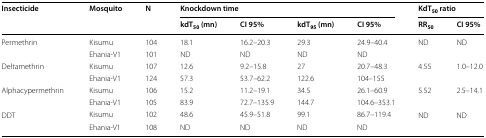
<table><thead><tr><td rowspan="2"><b>Insecticide</b></td><td rowspan="2"><b>Mosquito</b></td><td rowspan="2"><b>N</b></td><td colspan="4"><b>Knockdown time</b></td><td colspan="2"><b>KdT<sub>50</sub> ratio</b></td></tr><tr><td><b>kdT<sub>50</sub> (mn)</b></td><td><b>CI 95%</b></td><td><b>kdT<sub>95</sub> (mn)</b></td><td><b>CI 95%</b></td><td><b>RR<sub>50</sub></b></td><td><b>CI 95%</b></td></tr></thead><tbody><tr><td rowspan="2">Permethrin</td><td>Kisumu</td><td>104</td><td>18.1</td><td>16.2–20.3</td><td>29.3</td><td>24.9–40.4</td><td rowspan="2">ND</td><td rowspan="2">ND</td></tr><tr><td>Ehania-V1</td><td>101</td><td>ND</td><td>ND</td><td>ND</td><td>ND</td></tr><tr><td rowspan="2">Deltamethrin</td><td>Kisumu</td><td>107</td><td>12.6</td><td>9.2–15.8</td><td>27</td><td>20.7–48.3</td><td rowspan="2">4.55</td><td rowspan="2">1.0–12.0</td></tr><tr><td>Ehania-V1</td><td>124</td><td>57.3</td><td>53.7–62.2</td><td>122.6</td><td>104–155</td></tr><tr><td rowspan="2">Alphacypermethrin</td><td>Kisumu</td><td>106</td><td>15.2</td><td>11.2–19.1</td><td>34.5</td><td>26.1–60.9</td><td rowspan="2">5.52</td><td rowspan="2">2.5–14.1</td></tr><tr><td>Ehania-V1</td><td>105</td><td>83.9</td><td>72.7–135.9</td><td>144.7</td><td>104.6–353.1</td></tr><tr><td rowspan="2">DDT</td><td>Kisumu</td><td>102</td><td>48.6</td><td>45.9–51.8</td><td>99.1</td><td>86.7–119.4</td><td rowspan="2">ND</td><td rowspan="2">ND</td></tr><tr><td>Ehania-V1</td><td>108</td><td>ND</td><td>ND</td><td>ND</td><td>ND</td></tr></tbody></table>